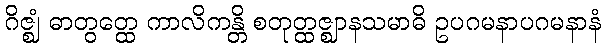
ဂိဇ္ဈံ ဓာတွတ္ထေ ကာလိကန္တိ စတုတ္ထဇ္ဈာနသမာဓိ ဥပဂမနာပဂမနာနံ